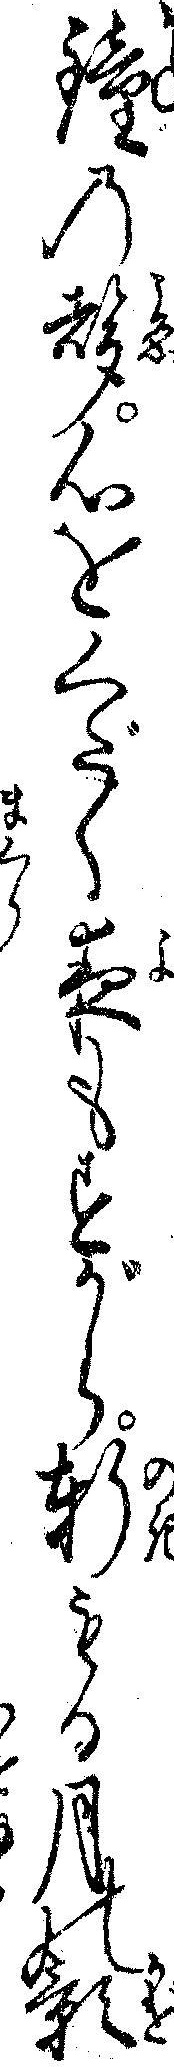
鐘の声心をくだく夜もすがら軒もる月の影